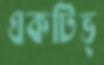
একটিভ্